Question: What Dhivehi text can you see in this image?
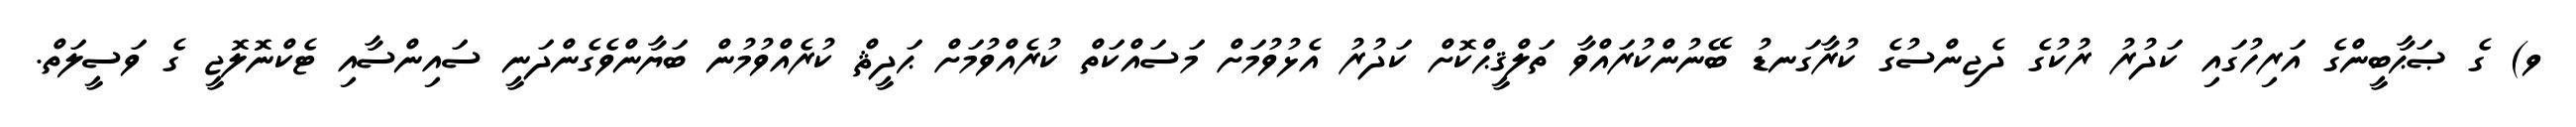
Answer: ވ) ގެ ޞަޙާބީންގެ އަރިހުގައި ކަދުރު ރުކުގެ ދެޖިންސުގެ ކުރާގަނޑު ބޭނުންކުރައްވާ ތަލްޤީޙްކޮށް ކަދުރު އެޅުވުމަށް މަސައްކަތް ކުރެއްވުމަށް ޙަދީޘް ކުރެއްވުމުން ބަޔާންވެގެންދަނީ ސައިންސާއި ޓެކްނޮލޮޖީ ގެ ވަސީލަތް.